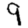
Digit: 9